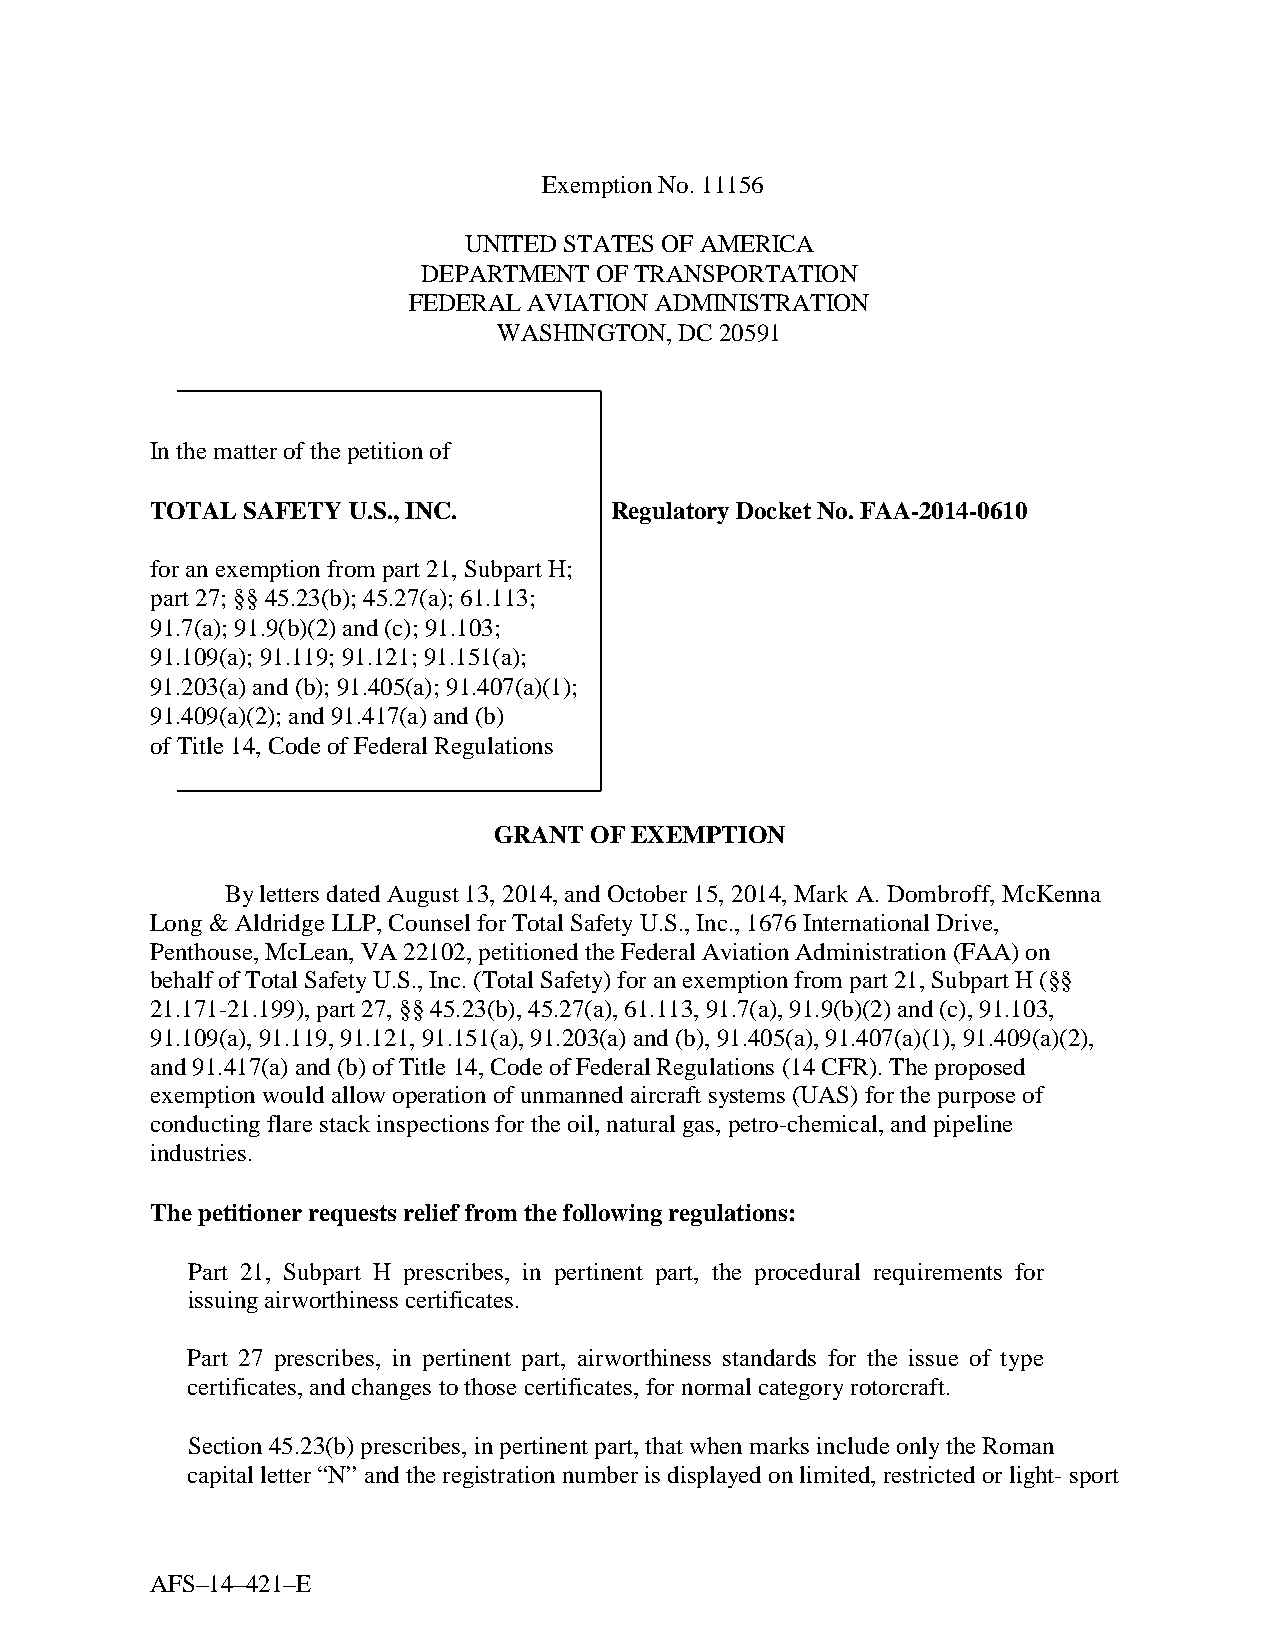
Exemption No. 11156
 UNITED STATES OF AMERICA
 DEPARTMENT OF TRANSPORTATION
 FEDERAL AVIATION ADMINISTRATION
 WASHINGTON, DC 20591
 In the matter of the petition of
 TOTAL SAFETY U.S., INC.       Regulatory Docket No. FAA-2014-0610
 for an exemption from part 21, Subpart H;
 part 27; §§ 45.23(b); 45.27(a); 61.113;
 91.7(a); 91.9(b)(2) and (c); 91.103;
 91.109(a); 91.119; 91.121; 91.151(a);
 91.203(a) and (b); 91.405(a); 91.407(a)(1);
 91.409(a)(2); and 91.417(a) and (b)
 of Title 14, Code of Federal Regulations
 GRANT OF EXEMPTION
 By letters dated August 13, 2014, and October 15, 2014, Mark A. Dombroff, McKenna
 Long & Aldridge LLP, Counsel for Total Safety U.S., Inc., 1676 International Drive,
 Penthouse, McLean, VA 22102, petitioned the Federal Aviation Administration (FAA) on
 behalf of Total Safety U.S., Inc. (Total Safety) for an exemption from part 21, Subpart H (§§
 21.171-21.199), part 27, §§ 45.23(b), 45.27(a), 61.113, 91.7(a), 91.9(b)(2) and (c), 91.103,
 91.109(a), 91.119, 91.121, 91.151(a), 91.203(a) and (b), 91.405(a), 91.407(a)(1), 91.409(a)(2),
 and 91.417(a) and (b) of Title 14, Code of Federal Regulations (14 CFR). The proposed
 exemption would allow operation of unmanned aircraft systems (UAS) for the purpose of
 conducting flare stack inspections for the oil, natural gas, petro-chemical, and pipeline
 industries.
 The petitioner requests relief from the following regulations:
 Part 21, Subpart H prescribes, in pertinent part, the procedural requirements for
 issuing airworthiness certificates.
 Part 27 prescribes, in pertinent part, airworthiness standards for the issue of type
 certificates, and changes to those certificates, for normal category rotorcraft.
 Section 45.23(b) prescribes, in pertinent part, that when marks include only the Roman
 capital letter “N” and the registration number is displayed on limited, restricted or light- sport
 AFS–14–421–E